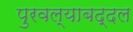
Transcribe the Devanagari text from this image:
पुरवल्याबद्दल